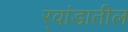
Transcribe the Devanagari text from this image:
र्‍वांडातील